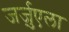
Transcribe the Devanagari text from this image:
जर्ज़ुएला